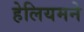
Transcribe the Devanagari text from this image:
हेलियमने